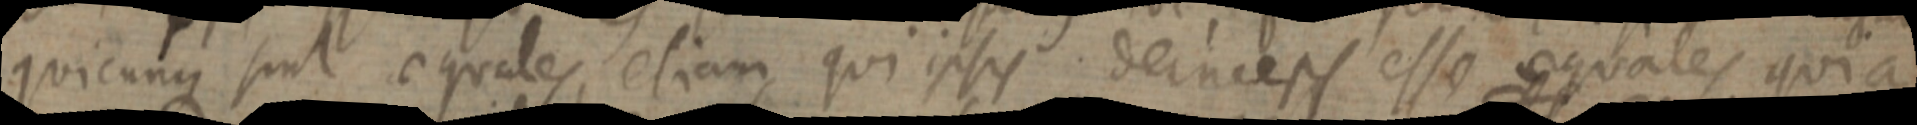
quicunque sint aequales, etiam qui ipsis deinceps esse aequales quia